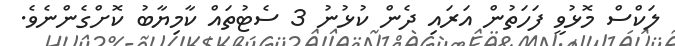
ލަކްސް މޮޅުވީ ފަހަތުން އަރައި ދެން ކުޅުނު 3 ސެޓުތައް ކާމިޔާބު ކޮށްގެންނެވެ.